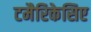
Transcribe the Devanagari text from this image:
टमैरिकेसिए